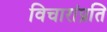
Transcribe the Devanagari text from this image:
विचारांप्रति